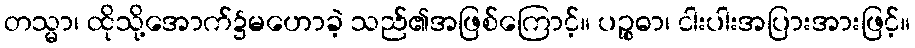
တသ္မာ၊ ထိုသို့အောက်၌မဟောခဲ့ သည်၏အဖြစ်ကြောင့်။ ပဉ္စဓာ၊ ငါးပါးအပြားအားဖြင့်။